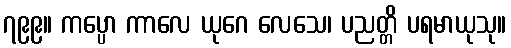
၇၉၉။ ကပ္ပော ကာလေ ယုဂေ လေသေ၊ ပညတ္တိ ပရမာယုသု။